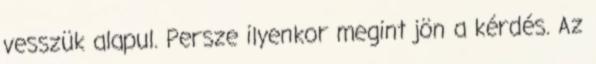
vesszük alapul. Persze ilyenkor megint jön a kérdés. Az